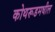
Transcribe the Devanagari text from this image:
कोथरूडमधील